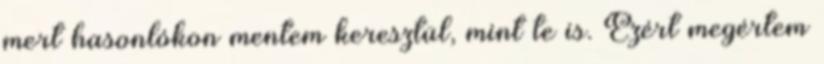
mert hasonlókon mentem keresztül, mint te is. Ezért megértem